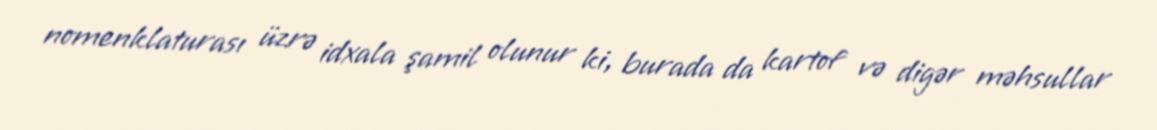
nomenklaturası üzrə idxala şamil olunur ki, burada da kartof və digər məhsullar